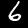
Digit: 6